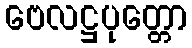
ဗေလဋ္ဌပုတ္တော